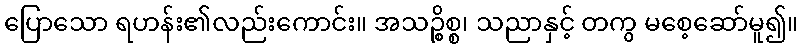
ပြောသော ရဟန်း၏လည်းကောင်း။ အသဉ္စိစ္စ၊ သညာနှင့် တကွ မစေ့ဆော်မူ၍။